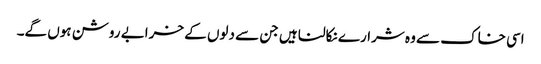
اسی خاک سے وہ شرارے نکالنا ہیں جن سے دلوں کے خرابے روشن ہوں گے۔